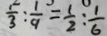
\frac { 1 } { 3 } : \frac { 1 } { 9 } = \frac { 1 } { 2 } : \frac { 1 } { 6 }